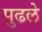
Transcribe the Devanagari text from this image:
पुढले